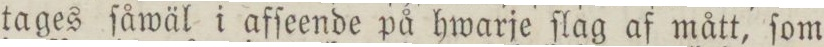
tages ſåwäl i afſeende på hwarje ſlag af mått, ſom